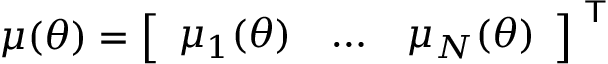
\, \mu ( \theta ) = { \left[ \begin{array} { l l l } { \mu _ { 1 } ( \theta ) } & { \dots } & { \mu _ { N } ( \theta ) } \end{array} \right] } ^ { \textsf { T } }